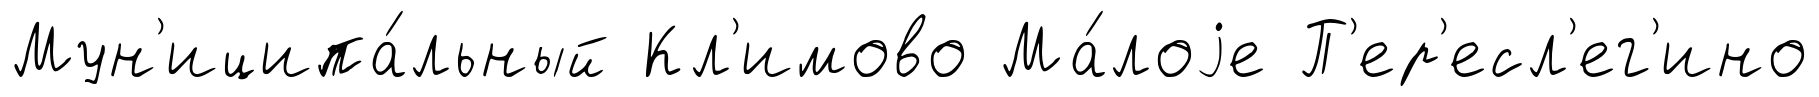
Мун'иципа́льный Кл'имово Ма́лоjе П'ер'есл'ег'ино